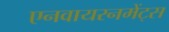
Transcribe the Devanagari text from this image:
एनवायरनमेंट्स